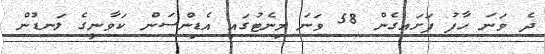
ދެ ވަނަ ހާފު ފަށައގެން 58 ވަނަ މިނެޓުގައި އެޑިންސަން ކަވާނީގެ ލަނޑުން